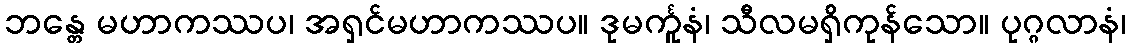
ဘန္တေ မဟာကဿပ၊ အရှင်မဟာကဿပ။ ဒုမင်္ကူနံ၊ သီလမရှိကုန်သော။ ပုဂ္ဂလာနံ၊